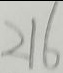
2 1 6